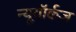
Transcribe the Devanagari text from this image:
न्यूयॉर्कज